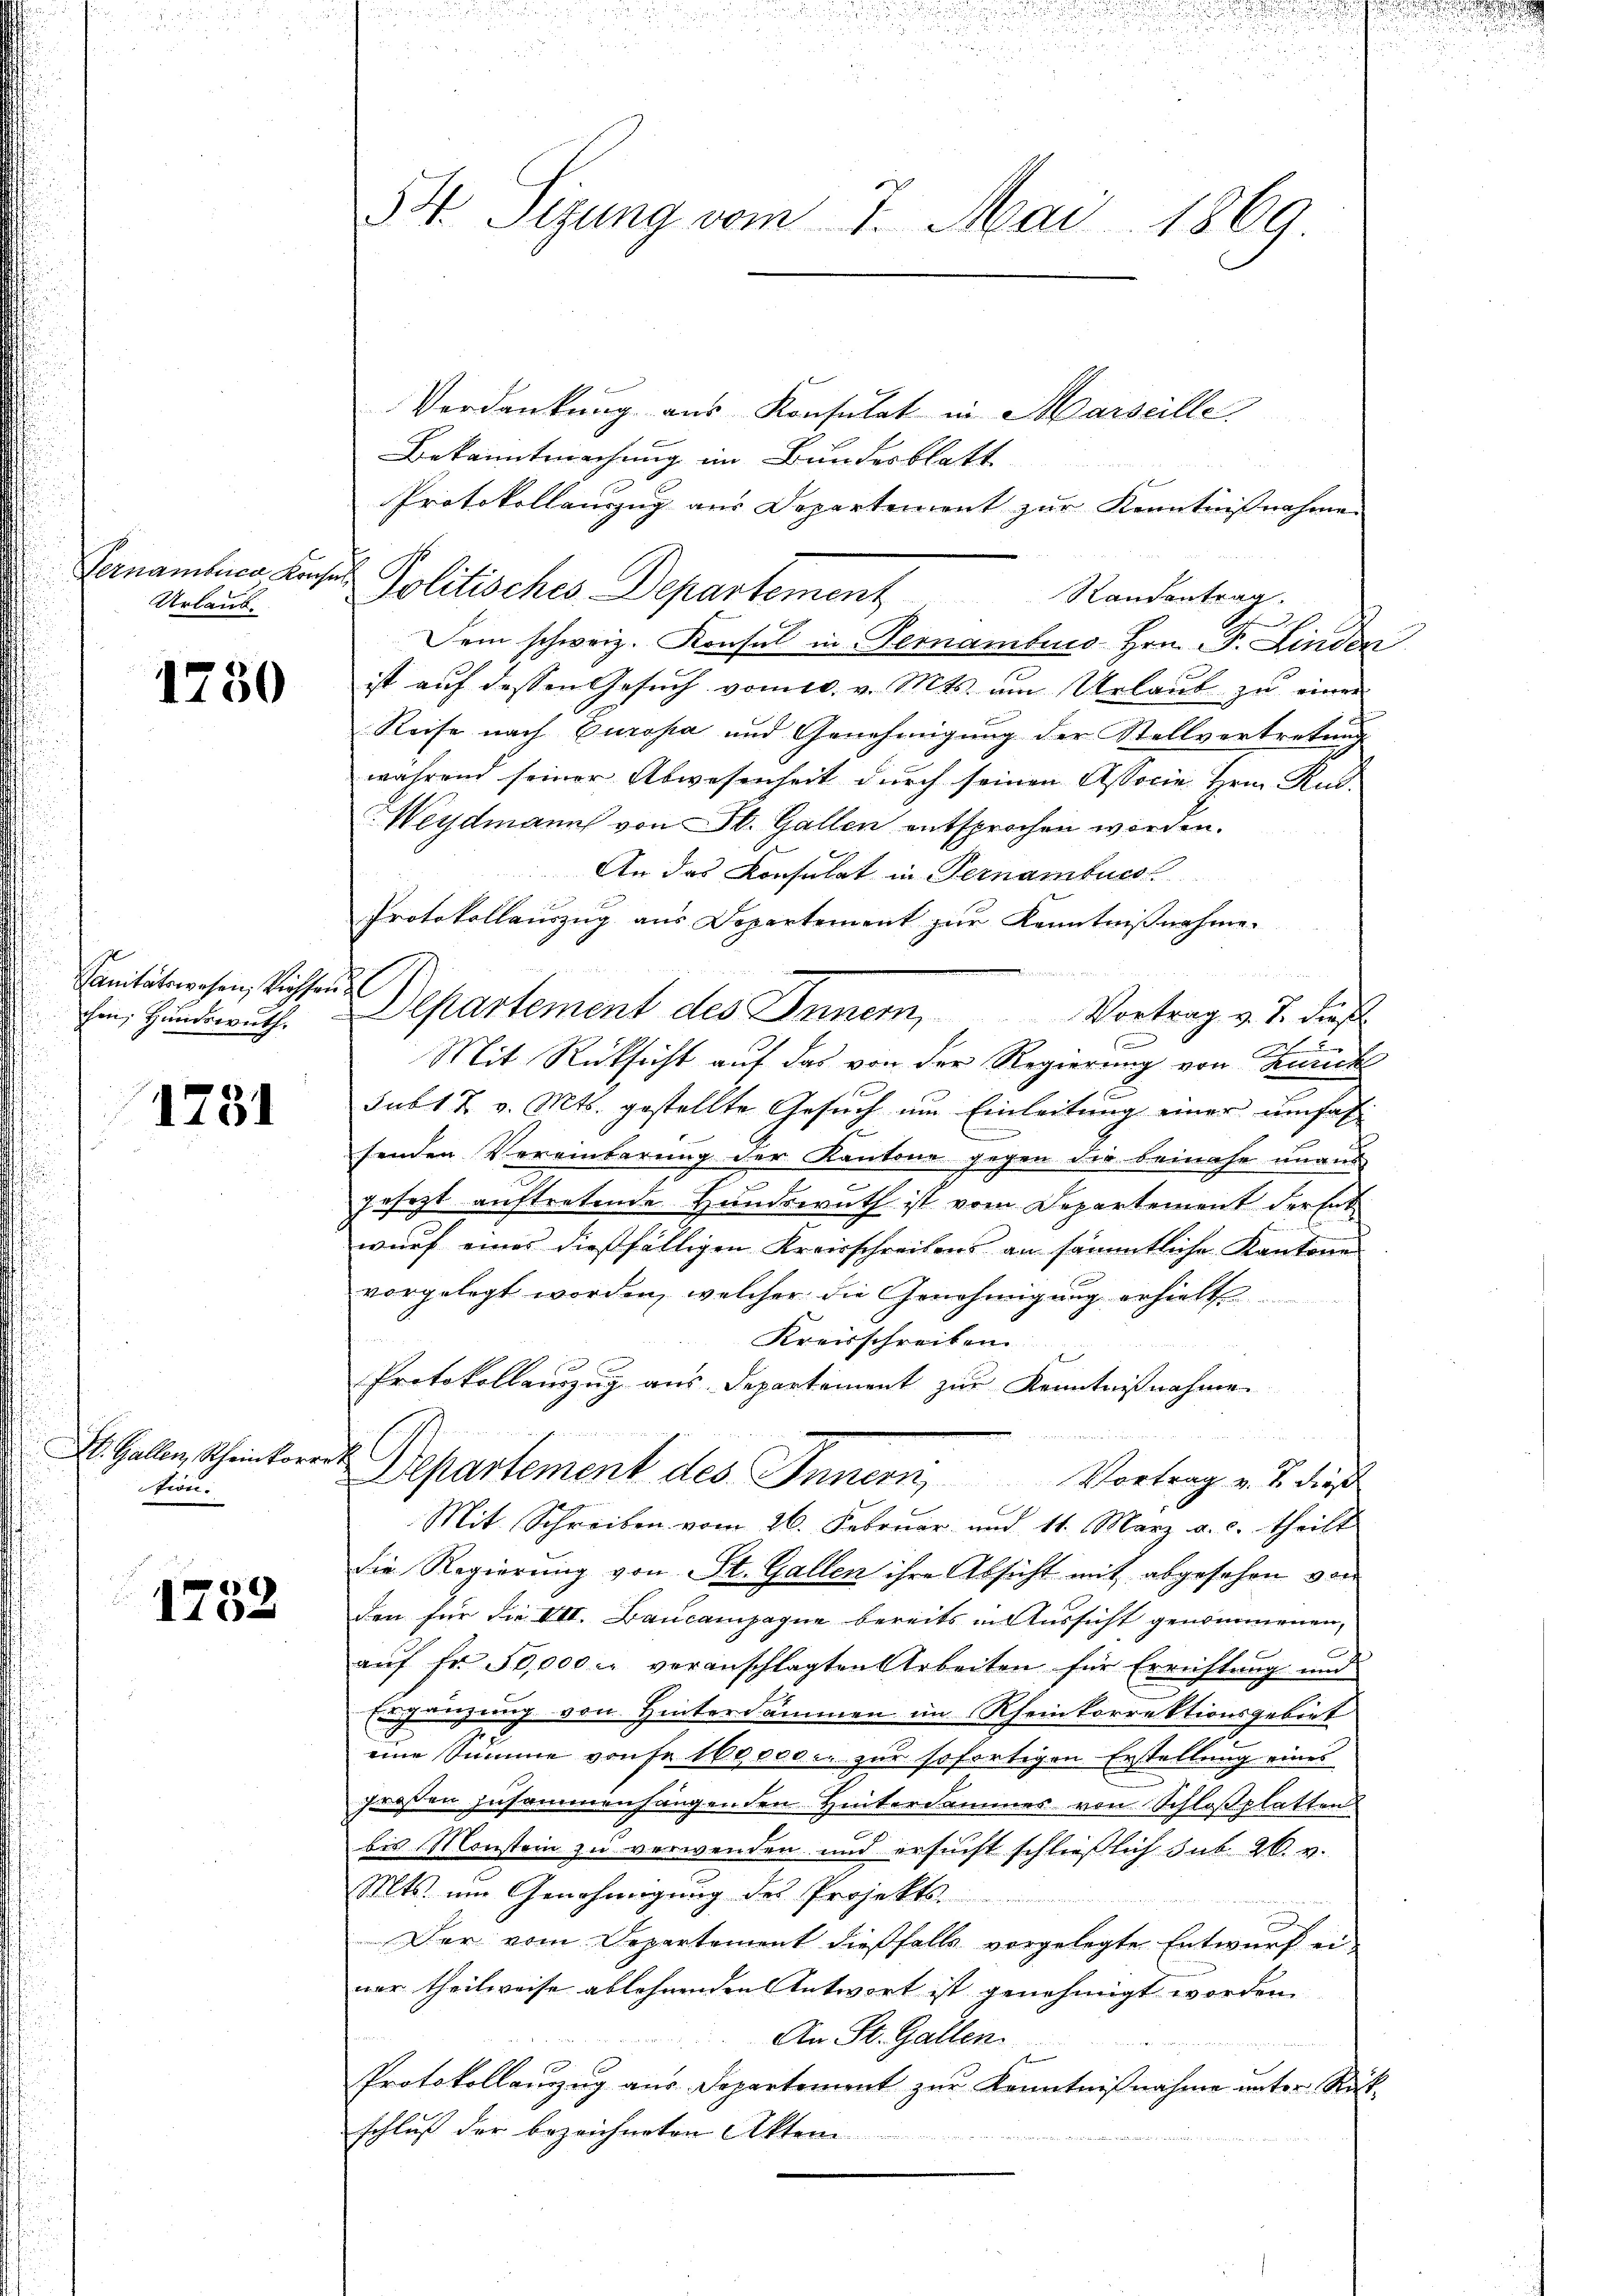
Vernamberg Konser
Urlaub.

1750

Sanitätswesen, Richten z

1731

St. Gallen, Rheinkorrek
tion.

1752

54. Sizung vom 7. Mai 1869.

Verdankung aus Konsulat in Marseille
Bekanntmachung im Bundesblatt
Protokollanzug aus Departement zur Kenntnißnahme
Politisches Departement Standentrag
Dem schweiz. Konsul in Vernamben Hrn. F. Linden
ist auf dessen Gesuch vom 10. v. Mts. um Urlaub zu einer
Reise nach Europa und Genehmigung der Stellvertretung
während seiner Abwesenheit durch seinen Associe Hrn. Kus
Weydmann von St. Gallen entsprochen worden.
An das Konsulat in Fernamtues
Protokollauszug aus Departement zur Kenntnißnahme.
a
ihm Hundesrath. Departement des Innern,
Vortrag v. J. dies
Mit Rücksicht auf das von der Regierung von Zürich
Subt 7. v. Mts. gestellte Gesuch um Einleitung einer umfas
E
senden Vereinbarung der Kantone gegen die beinahe unaus
gesezt auftretende Handswuth ist vom Departement der Ent
wurf eines dießfälligen Kreisschreibens an sämmtliche Kantone
vorgelegt worden, welcher die Genehmigung erhielt
Kreisschreiben
Protokollauszug aus Departement zur Kenntnißnahme
Departement des Innern, Vortrag v. J. dies
Mit Schreiben vom 26. Februar und 11. März a. c. theilt
die Regierung von St. Gallen ihre Absicht mit abgesehen von
den für die VII. Baucampagne bereits in Aussicht genommenen,

aŭf fr. 50,000 u. veranschlagten Arbeiten für Erreistung und
Ergänzung von Hinterdammen im Rheinkorrektionsgebiet
eine Summe vonse 160000 l. zur sofortigen Erstellung eines
großen zusammenhängenden Hintersammes von Schloßplatten
bis Monstein zu verwenden und ersucht schließlich sub. 26. v.
Mts. um Genehmigung des Projekts
Der vom Departement dießfalls vorgelegte Entwurf ei-
ner theilweise ablehnenden Antwort ist genehmigt worden.
An St. Gallen.
Protokollanzug aus Departement zur Kenntnißnahme unter Rück-
schluß der bezeichneten Akten